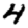
Digit: 4